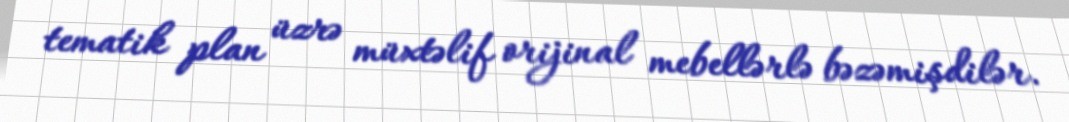
tematik plan üzrə müxtəlif orijinal mebellərlə bəzəmişdilər.